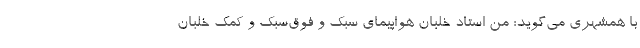
با همشهری می‌گوید: من استاد خلبان هواپیمای سبک و فوق‌سبک و کمک خلبان